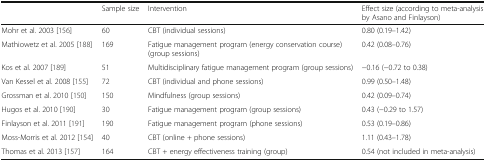
<table><thead><tr><td>[EMPTY_CELL]</td><td><b>Sample size</b></td><td><b>Intervention</b></td><td><b>Effect size (according to meta-analysis by Asano and Finlayson)</b></td></tr></thead><tbody><tr><td>Mohr et al. 2003 [156]</td><td>60</td><td>CBT (individual sessions)</td><td>0.80 (0.19–1.42)</td></tr><tr><td>Mathiowetz et al. 2005 [188]</td><td>169</td><td>Fatigue management program (energy conservation course) (group sessions)</td><td>0.42 (0.08–0.76)</td></tr><tr><td>Kos et al. 2007 [189]</td><td>51</td><td>Multidisciplinary fatigue management program (group sessions)</td><td>−0.16 (−0.72 to 0.38)</td></tr><tr><td>Van Kessel et al. 2008 [155]</td><td>72</td><td>CBT (individual and phone sessions)</td><td>0.99 (0.50–1.48)</td></tr><tr><td>Grossman et al. 2010 [150]</td><td>150</td><td>Mindfulness (group sessions)</td><td>0.42 (0.09–0.74)</td></tr><tr><td>Hugos et al. 2010 [190]</td><td>30</td><td>Fatigue management program (group sessions)</td><td>0.43 (−0.29 to 1.57)</td></tr><tr><td>Finlayson et al. 2011 [191]</td><td>190</td><td>Fatigue management program (phone sessions)</td><td>0.53 (0.19–0.86)</td></tr><tr><td>Moss-Morris et al. 2012 [154]</td><td>40</td><td>CBT (online + phone sessions)</td><td>1.11 (0.43–1.78)</td></tr><tr><td>Thomas et al. 2013 [157]</td><td>164</td><td>CBT + energy effectiveness training (group)</td><td>0.54 (not included in meta-analysis)</td></tr></tbody></table>